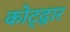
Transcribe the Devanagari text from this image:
कोट्द्वार